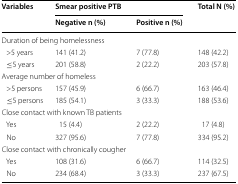
| <ROWSPAN=2> Variables | <COLSPAN=2> Smear positive PTB | <ROWSPAN=2> Total N (%) |
 | Negative n (%) | Positive n (%) |
 | --- | --- | --- | --- |
 | <COLSPAN=4> Duration of being homelessness |
 | >5 years | 141 (41.2) | 7 (77.8) | 148 (42.2) |
 | ≤5 years | 201 (58.8) | 2 (22.2) | 203 (57.8) |
 | <COLSPAN=4> Average number of homeless |
 | >5 persons | 157 (45.9) | 6 (66.7) | 163 (46.4) |
 | ≤5 persons | 185 (54.1) | 3 (33.3) | 188 (53.6) |
 | <COLSPAN=4> Close contact with known TB patients |
 | Yes | 15 (4.4) | 2 (22.2) | 17 (4.8) |
 | No | 327 (95.6) | 7 (77.8) | 334 (95.2) |
 | <COLSPAN=4> Close contact with chronically cougher |
 | Yes | 108 (31.6) | 6 (66.7) | 114 (32.5) |
 | No | 234 (68.4) | 3 (33.3) | 237 (67.5) |